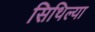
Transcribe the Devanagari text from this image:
सिथिल्या